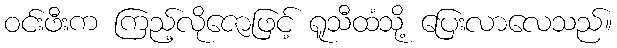
ဝင်းဖီးက ကြည့်လိုဇောဖြင့် ရူသီထံသို့ ပြေးလာလေသည်။